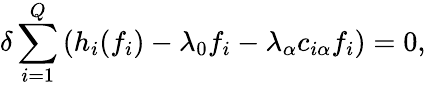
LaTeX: \delta\sum_{i=1}^{Q}\left(h_{i}(f_{i})-\lambda_{0}f_{i}-\lambda_{\alpha}c_{i\alpha}f_{i}\right)=0,